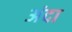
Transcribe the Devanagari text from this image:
अंदा